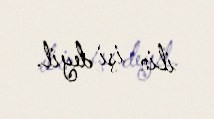
ilin işi deyil.